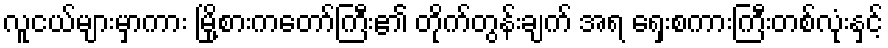
လူငယ်များမှာကား မြို့စားကတော်ကြီး၏ တိုက်တွန်းချက် အရ ရှေးစကားကြီးတစ်လုံးနှင့်